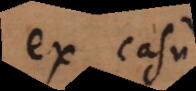
ex casu,